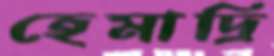
হেমাদ্রি